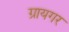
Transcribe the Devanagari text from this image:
ग्रायगर